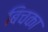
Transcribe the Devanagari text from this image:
बिचका